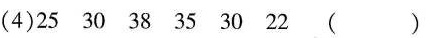
（4）25 30 38 35 30 22 （）